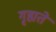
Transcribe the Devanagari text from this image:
गृह्यते